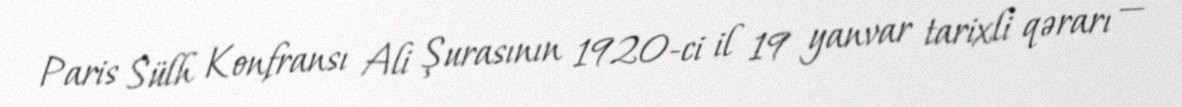
Paris Sülh Konfransı Ali Şurasının 1920-ci il 19 yanvar tarixli qərarı —